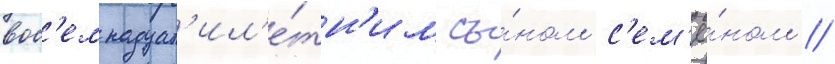
вос'емнадцат'ил'е́тн'им сы́ном с'ем'ё́ном //